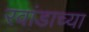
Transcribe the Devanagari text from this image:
रवांडाच्‍या